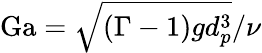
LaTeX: \mathrm{Ga}=\sqrt{(\Gamma-1)gd_{p}^{3}}/\nu